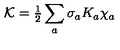
{ \cal K } = { \textstyle { \frac { 1 } { 2 } } } \sum _ { a } \sigma _ { a } K _ { a } \chi _ { a } \nonumber